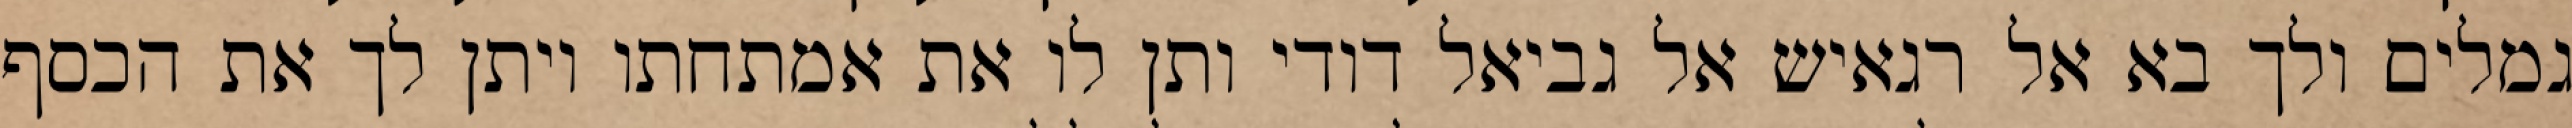
גמלים ולך בא אל רגאיש אל גביאל דודי ותן לו את אמתחתו ויתן לך את הכסף